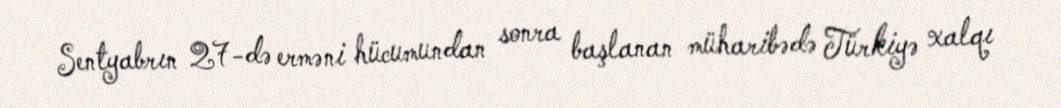
Sentyabrın 27-də erməni hücumundan sonra başlanan müharibədə Türkiyə xalqı